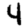
Digit: 4